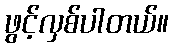
ဖွင့်လှစ်ပါတယ်။